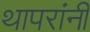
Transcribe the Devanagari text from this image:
थापरांनी